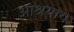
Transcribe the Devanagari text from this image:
आश्रयाय